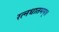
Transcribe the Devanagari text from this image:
रत्नधातमम्॥